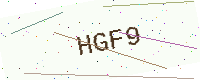
Text: HGF9